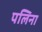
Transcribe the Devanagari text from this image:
पलिना